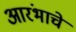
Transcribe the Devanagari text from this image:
आरंभाचे